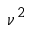
\nu ^ { 2 }